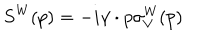
LaTeX: S ^ { \mathrm { W } } ( p ) = - i \gamma \cdot p \sigma _ { V } ^ { \mathrm { W } } ( p )